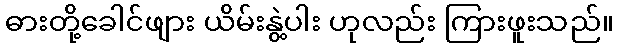
ဓားတို့ခေါင်ဖျား ယိမ်းနွဲ့ပါး ဟုလည်း ကြားဖူးသည်။